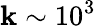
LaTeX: \mathbf{k}\sim10^{3}